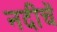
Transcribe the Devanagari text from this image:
नदीचें